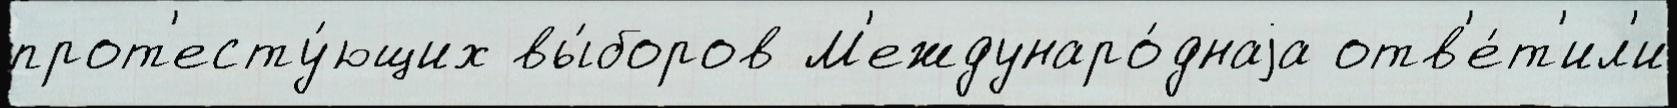
прот'есту́ющих вы́боров М'еждунаро́днаjа отв'е́т'ил'и